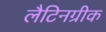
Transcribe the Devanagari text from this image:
लैटिनग्रीक